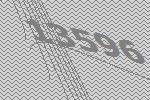
13596